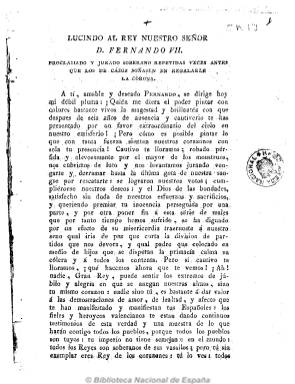
Título: Lucindo
Otros títulos: Lucindo al rey nuestro señor Fernando VII, proclamado y jurado soberano repetidas veces antes que los de Cádiz soñasen en regalarle la corona || Lucindo al editor del Fernandino || Lucindo, respuesta de Lucindo al que se dice Martelo en su indecente carta || Lucindo a la difunta magestad (que en paz descanse), las Cortes extraordinarias y ordinarias || Lucindo a los valencianos || Lucindo al rey nuestro señor D. Fernando VII || Lucindo, la ensalada liberal o Recibimiento de Fernando VII en Madrid || Lucindo, ayes de los españoles cautivos y consuelos que le envían los que se dicen exclusivamente patriotas
Colección: Periódicos anteriores a 1850
Ámbito geográfico: Valencia
Lugar de publicación: Valencia
Fechas: 01/01/1814-31/12/1814

Uno de los más significativos periódicos de la reacción absolutista que se publican al final de la guerra de la independencia. Se editará coincidiendo con el regreso y la permanencia de Fernando VII en Valencia, desde el 16 de abril al 5 de mayo de 1814, y es impreso por Francisco Brusola, de cuya oficina solían salir los periódicos antiliberales valencianos. Se conocen de este título ocho entregas, sin fechar, cuya frecuencia de aparición no era fija, así como reimpresiones en varias ciudades, como Sevilla, Madrid, Málaga, Murcia o Palma de Mallorca. Considerado por Checa Godoy como “puro órgano de presión” antirreformista, sus textos son artículos-cartas dirigidos al monarca o a los valencianos, en donde atacará a la “canalla” liberal, señalándola e identificándola con los servidores napoleónicos, contraria al rey y la religión. En las mismas se vituperará la Constitución y se pedirá al monarca la restauración del absolutismo. Por lo “soez de su estilo”, en el que utiliza sin piedad la sátira, algunos autores, como María Cruz Seoane, se inclinan por darle la autoría de esta publicación al canónigo y diputado servil doceañista Blas Ostolaza, en lugar de al también diputado y exaltado absolutista Justo Pastor Pérez, que había sido redactor de El procurador de la nación y del rey.